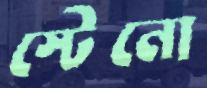
স্টেনো